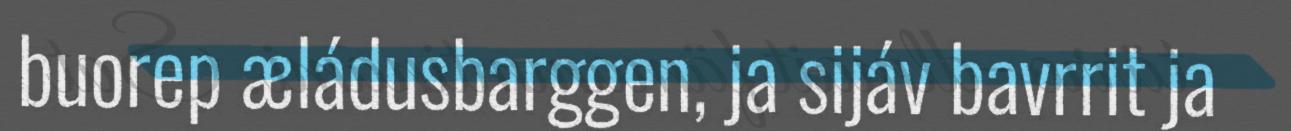
buorep æládusbarggen, ja sijáv bavrrit ja